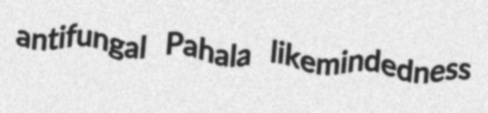
antifungal Pahala likemindedness